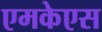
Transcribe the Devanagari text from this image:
एमकेएस